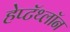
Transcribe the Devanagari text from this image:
हेप्टॅथ्‍लॉन